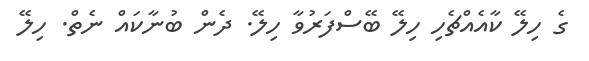
ގެ ހިލޭ ކާއެއްޗެހި ހިލޭ ބޭސްފަރުވާ ހިލޭ. ދެން ބުނާކައް ނެތް. ހިލޭ